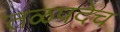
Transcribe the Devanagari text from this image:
तळपदेच